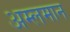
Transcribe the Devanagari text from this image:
अम्लमान